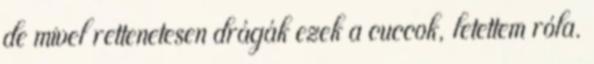
de mivel rettenetesen drágák ezek a cuccok, letettem róla.